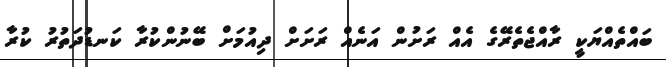
ބައްތެއްޔަކީ ރާއްޖެތެރޭގެ އެއް ރަށުން އަނެއް ރަށަށް ދިއުމަށް ބޭނުންކުރާ ކަނޑުދަތުރު ކުރާ